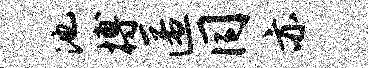
池搏匿同亦